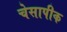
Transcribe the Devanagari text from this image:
चेसापीक